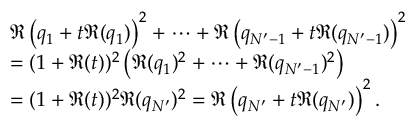
\begin{array} { r l } & { \Re \left( q _ { 1 } + t \Re ( q _ { 1 } ) \right) ^ { 2 } + \dots + \Re \left( q _ { N ^ { \prime } - 1 } + t \Re ( q _ { N ^ { \prime } - 1 } ) \right) ^ { 2 } } \\ & { = ( 1 + \Re ( t ) ) ^ { 2 } \left( \Re ( q _ { 1 } ) ^ { 2 } + \dots + \Re ( q _ { N ^ { \prime } - 1 } ) ^ { 2 } \right) } \\ & { = ( 1 + \Re ( t ) ) ^ { 2 } \Re ( q _ { N ^ { \prime } } ) ^ { 2 } = \Re \left( q _ { N ^ { \prime } } + t \Re ( q _ { N ^ { \prime } } ) \right) ^ { 2 } . } \end{array}